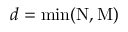
d = \mathrm { m i n } ( \mathrm { N } , \mathrm { M } )